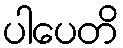
ပါပေတိ